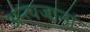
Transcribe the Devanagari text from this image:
अन्त्यजानां